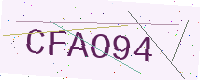
Text: CFAO94